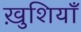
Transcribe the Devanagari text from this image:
ख़ुशियाँ